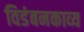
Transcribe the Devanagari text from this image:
विडंबनकाव्य